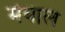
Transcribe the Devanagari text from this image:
मेयाल